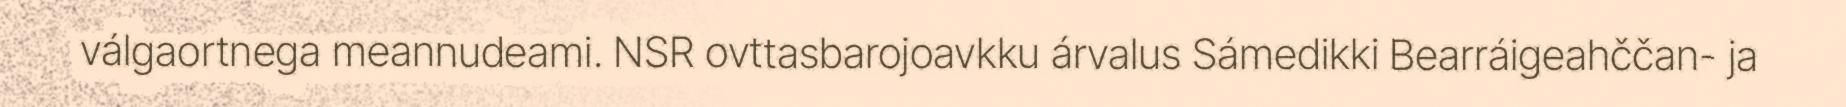
válgaortnega meannudeami. NSR ovttasbarojoavkku árvalus Sámedikki Bearráigeahččan- ja